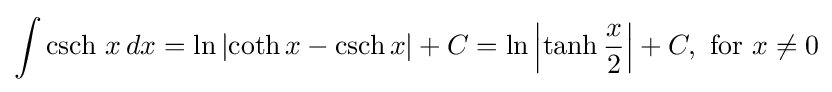
\int \operatorname {csch} \,x\,dx=\ln \left|\operatorname {coth} x-\operatorname {csch} x\right|+C=\ln \left|\tanh {x \over 2}\right|+C,{\text{ for }}x\neq 0